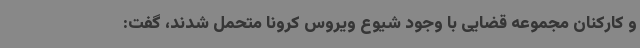
و کارکنان مجموعه قضایی با وجود شیوع ویروس کرونا متحمل شدند، گفت: